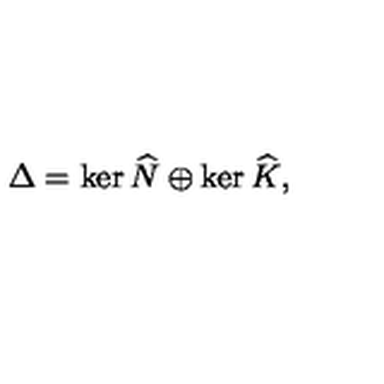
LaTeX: \Delta = \ker \widehat { N } \oplus \ker \widehat { K } ,